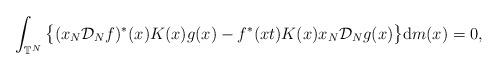
LaTeX: \begin{gather*}\int_{\mathbb{T}^{N}}\big\{ ( x_{N}\mathcal{D}_{N}f ) ^{\ast}(x) K(x) g(x) -f^{\ast} (x t) K(x) x_{N}\mathcal{D}_{N}g(x) \big\}\mathrm{d}m(x) =0,\end{gather*}